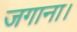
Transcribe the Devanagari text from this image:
जगाना।